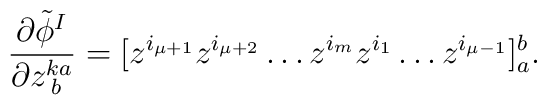
\frac{\partial\tilde{\phi}^{I}}{\partial z^{ka}_{\;b}} =   [z^{i_{\mu +1}} z^{i_{\mu +2}} \ldots z^{i_{m}} z^{i_{1}} \ldots z^{i_{\mu -1}}]^b_a.